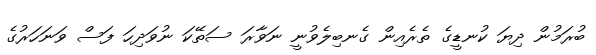
ބުރަމުން ދިޔަ ކުނޑީގެ ތެރެއިން ގެނބިލެވުނީ ނަވާރަ ސަތޭކަ ނުވަދިހަ ފަސް ވަނަހަރުގެ